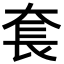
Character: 𡘷